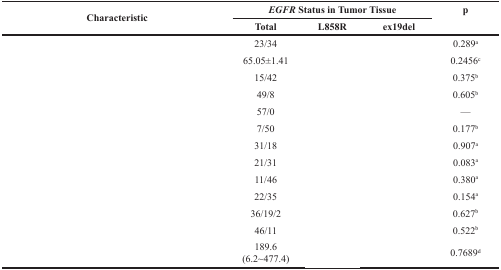
<table><thead><tr><td rowspan="2"><b>Characteristic</b></td><td colspan="3"><b><i>EGFR</i> Status in Tumor Tissue</b></td><td rowspan="2"><b>p</b></td></tr><tr><td><b>Total</b></td><td><b>L858R</b></td><td><b>ex19del</b></td></tr></thead><tbody><tr><td>[EMPTY_CELL]</td><td>23/34</td><td>[EMPTY_CELL]</td><td>[EMPTY_CELL]</td><td>0.289<sup>a</sup></td></tr><tr><td>[EMPTY_CELL]</td><td>65.05±1.41</td><td>[EMPTY_CELL]</td><td>[EMPTY_CELL]</td><td>0.2456<sup>c</sup></td></tr><tr><td>[EMPTY_CELL]</td><td>15/42</td><td>[EMPTY_CELL]</td><td>[EMPTY_CELL]</td><td>0.375<sup>b</sup></td></tr><tr><td>[EMPTY_CELL]</td><td>49/8</td><td>[EMPTY_CELL]</td><td>[EMPTY_CELL]</td><td>0.605<sup>b</sup></td></tr><tr><td>[EMPTY_CELL]</td><td>57/0</td><td>[EMPTY_CELL]</td><td>[EMPTY_CELL]</td><td>—</td></tr><tr><td>[EMPTY_CELL]</td><td>7/50</td><td>[EMPTY_CELL]</td><td>[EMPTY_CELL]</td><td>0.177<sup>b</sup></td></tr><tr><td>[EMPTY_CELL]</td><td>31/18</td><td>[EMPTY_CELL]</td><td>[EMPTY_CELL]</td><td>0.907<sup>a</sup></td></tr><tr><td>[EMPTY_CELL]</td><td>21/31</td><td>[EMPTY_CELL]</td><td>[EMPTY_CELL]</td><td>0.083<sup>a</sup></td></tr><tr><td>[EMPTY_CELL]</td><td>11/46</td><td>[EMPTY_CELL]</td><td>[EMPTY_CELL]</td><td>0.380<sup>a</sup></td></tr><tr><td>[EMPTY_CELL]</td><td>22/35</td><td>[EMPTY_CELL]</td><td>[EMPTY_CELL]</td><td>0.154<sup>a</sup></td></tr><tr><td>[EMPTY_CELL]</td><td>36/19/2</td><td>[EMPTY_CELL]</td><td>[EMPTY_CELL]</td><td>0.627<sup>b</sup></td></tr><tr><td>[EMPTY_CELL]</td><td>46/11</td><td>[EMPTY_CELL]</td><td>[EMPTY_CELL]</td><td>0.522<sup>b</sup></td></tr><tr><td>[EMPTY_CELL]</td><td>189.6 (6.2~477.4)</td><td>[EMPTY_CELL]</td><td>[EMPTY_CELL]</td><td>0.7689<sup>d</sup></td></tr></tbody></table>